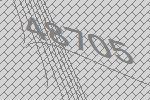
48705